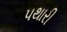
પથારી